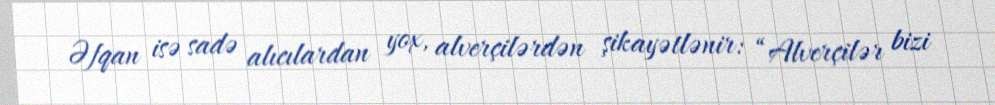
Əfqan isə sadə alıcılardan yox, alverçilərdən şikayətlənir: “Alverçilər bizi